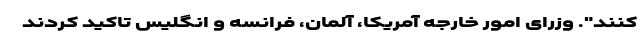
کنند". وزرای امور خارجه آمریکا، آلمان، فرانسه و انگلیس تاکید کردند